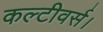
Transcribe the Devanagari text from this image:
कल्टीवर्स।